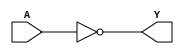
module not_gate(
    input wire A,
    output wire Y
);

assign Y = ~A;

endmodule